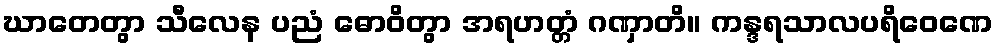
ဃာတေတွာ သီလေန ပညံ ဓောဝိတွာ အရဟတ္တံ ဂဏှာတိ။ ကန္ဒရသာလပရိဝေဏေ